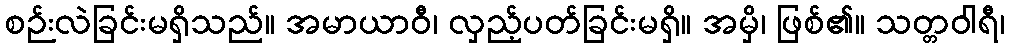
စဉ်းလဲခြင်းမရှိသည်။ အမာယာဝီ၊ လှည့်ပတ်ခြင်းမရှိ။ အမှိ၊ ဖြစ်၏။ သတ္တဝါရီ၊